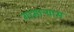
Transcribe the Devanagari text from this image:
गाभाऱ्यास